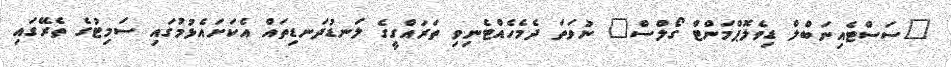
"ސަސްޓެއިނަބްލް ޑިވެލޮޕްމަންޓް ގޯލްސް" ނުވަތަ ދެމެހެއްޓެނިވި ތަރައްގީގެ ލަނޑުދަނޑިތައް އެކަށައެޅުމުގައި ސަމިޓުގެ ތެރޭގައި